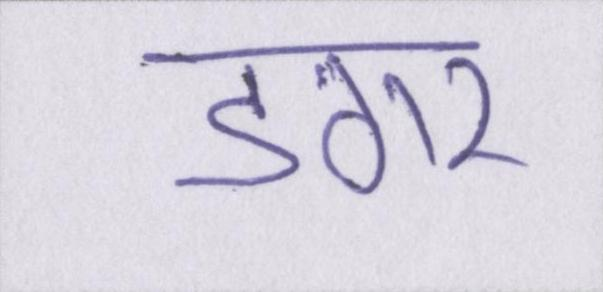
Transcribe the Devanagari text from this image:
डगर